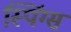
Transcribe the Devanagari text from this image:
स्पिंग्स